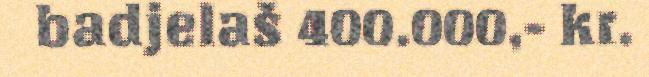
badjelaš 400.000,- kr.